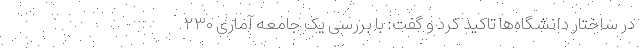
در ساختار دانشگاه‌ها تاکید کرد و گفت: با بررسی یک جامعه آماری ۲۳۰